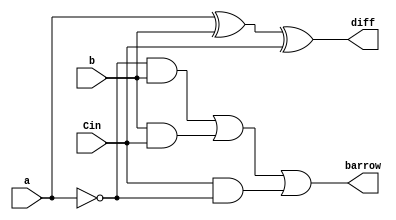

module fullsubractor(a,b,Cin,diff,barrow);
input a,b,Cin;
output diff,barrow;
assign diff = a ^ b ^ Cin;
assign barrow = (~a & b) | (b & Cin) | (Cin & ~a); 
endmodule